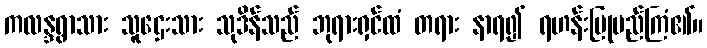
ကလန္ဒရွာသား သူဌေးသား သုဒိန်သည် ဘုရားရှင်ထံ တရား နာရ၍ ရဟန်းပြုမည်ကြံ၏။